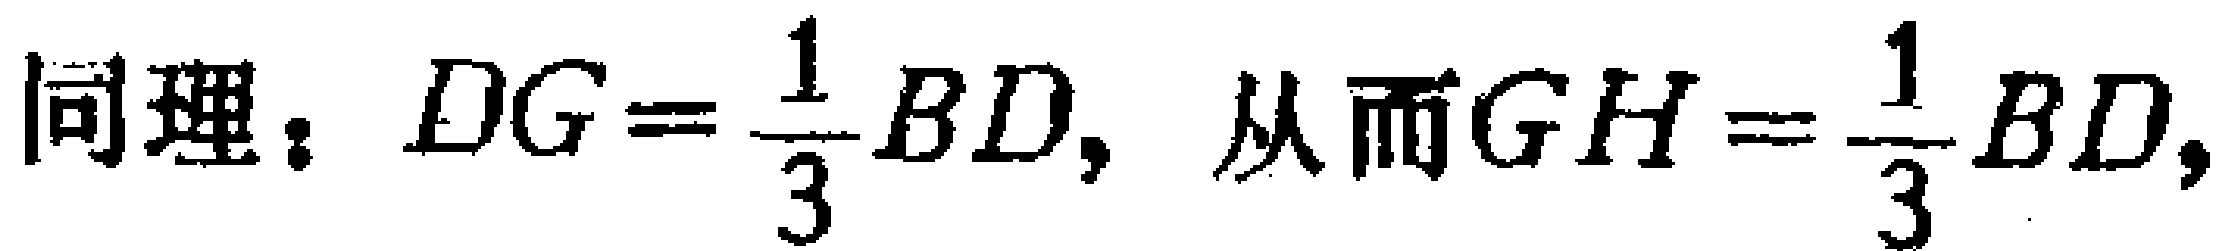
同理：$DG=\frac{1}{3}BD,$ 从而$GH=\frac{1}{3}BD,$